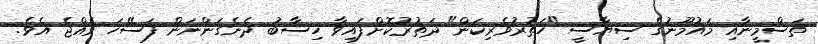
ތަސްމީނާއި މައުމޫނުގެ ސިޔާސީ "ހަތުރުވެރިކަން" ދަތުރުކޮށްފައިވާ ހިސާބު ދެނެގަންނަން ފަސޭހަ ވެއްޖެ އެވެ.